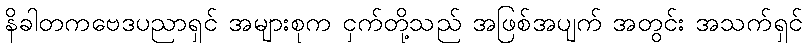
နိခါတကဗေဒပညာရှင် အများစုက ငှက်တို့သည် အဖြစ်အပျက် အတွင်း အသက်ရှင်